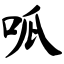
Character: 呱